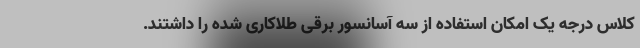
کلاس درجه یک امکان استفاده از سه آسانسور برقی طلاکاری شده را داشتند.